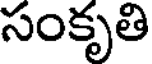
సంకృతి